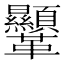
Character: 𩎍